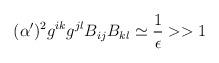
LaTeX: \begin{align*}(\alpha')^2 g^{ik} g^{jl} B_{ij} B_{kl} \simeq {1\over \epsilon}>>1\end{align*}